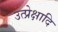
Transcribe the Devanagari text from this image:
उत्प्रेक्षादि